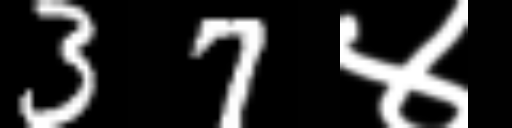
Text: 37४